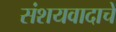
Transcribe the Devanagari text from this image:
संशयवादाचे